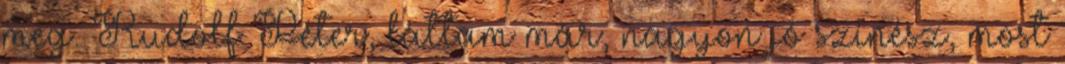
meg. Rudolf Péter, láttam már, nagyon jó színész, most